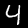
Label: 4